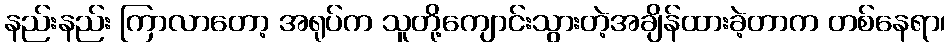
နည်းနည်း ကြာလာတော့ အရုပ်က သူတို့ကျောင်းသွားတဲ့အချိန်ထားခဲ့တာက တစ်နေရာ၊